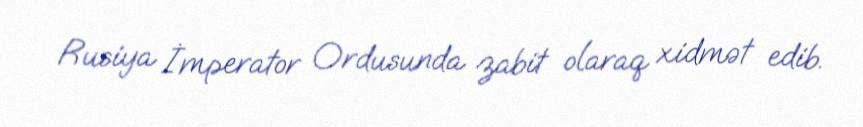
Rusiya İmperator Ordusunda zabit olaraq xidmət edib.